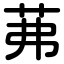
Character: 茀